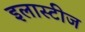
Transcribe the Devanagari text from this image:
इलास्टीज